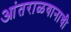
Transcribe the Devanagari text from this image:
आंतराळयानाची